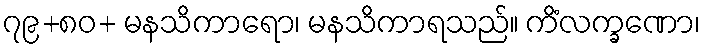
၇၉+၈၀+ မနသိကာရော၊ မနသိကာရသည်။ ကိံလက္ခဏော၊